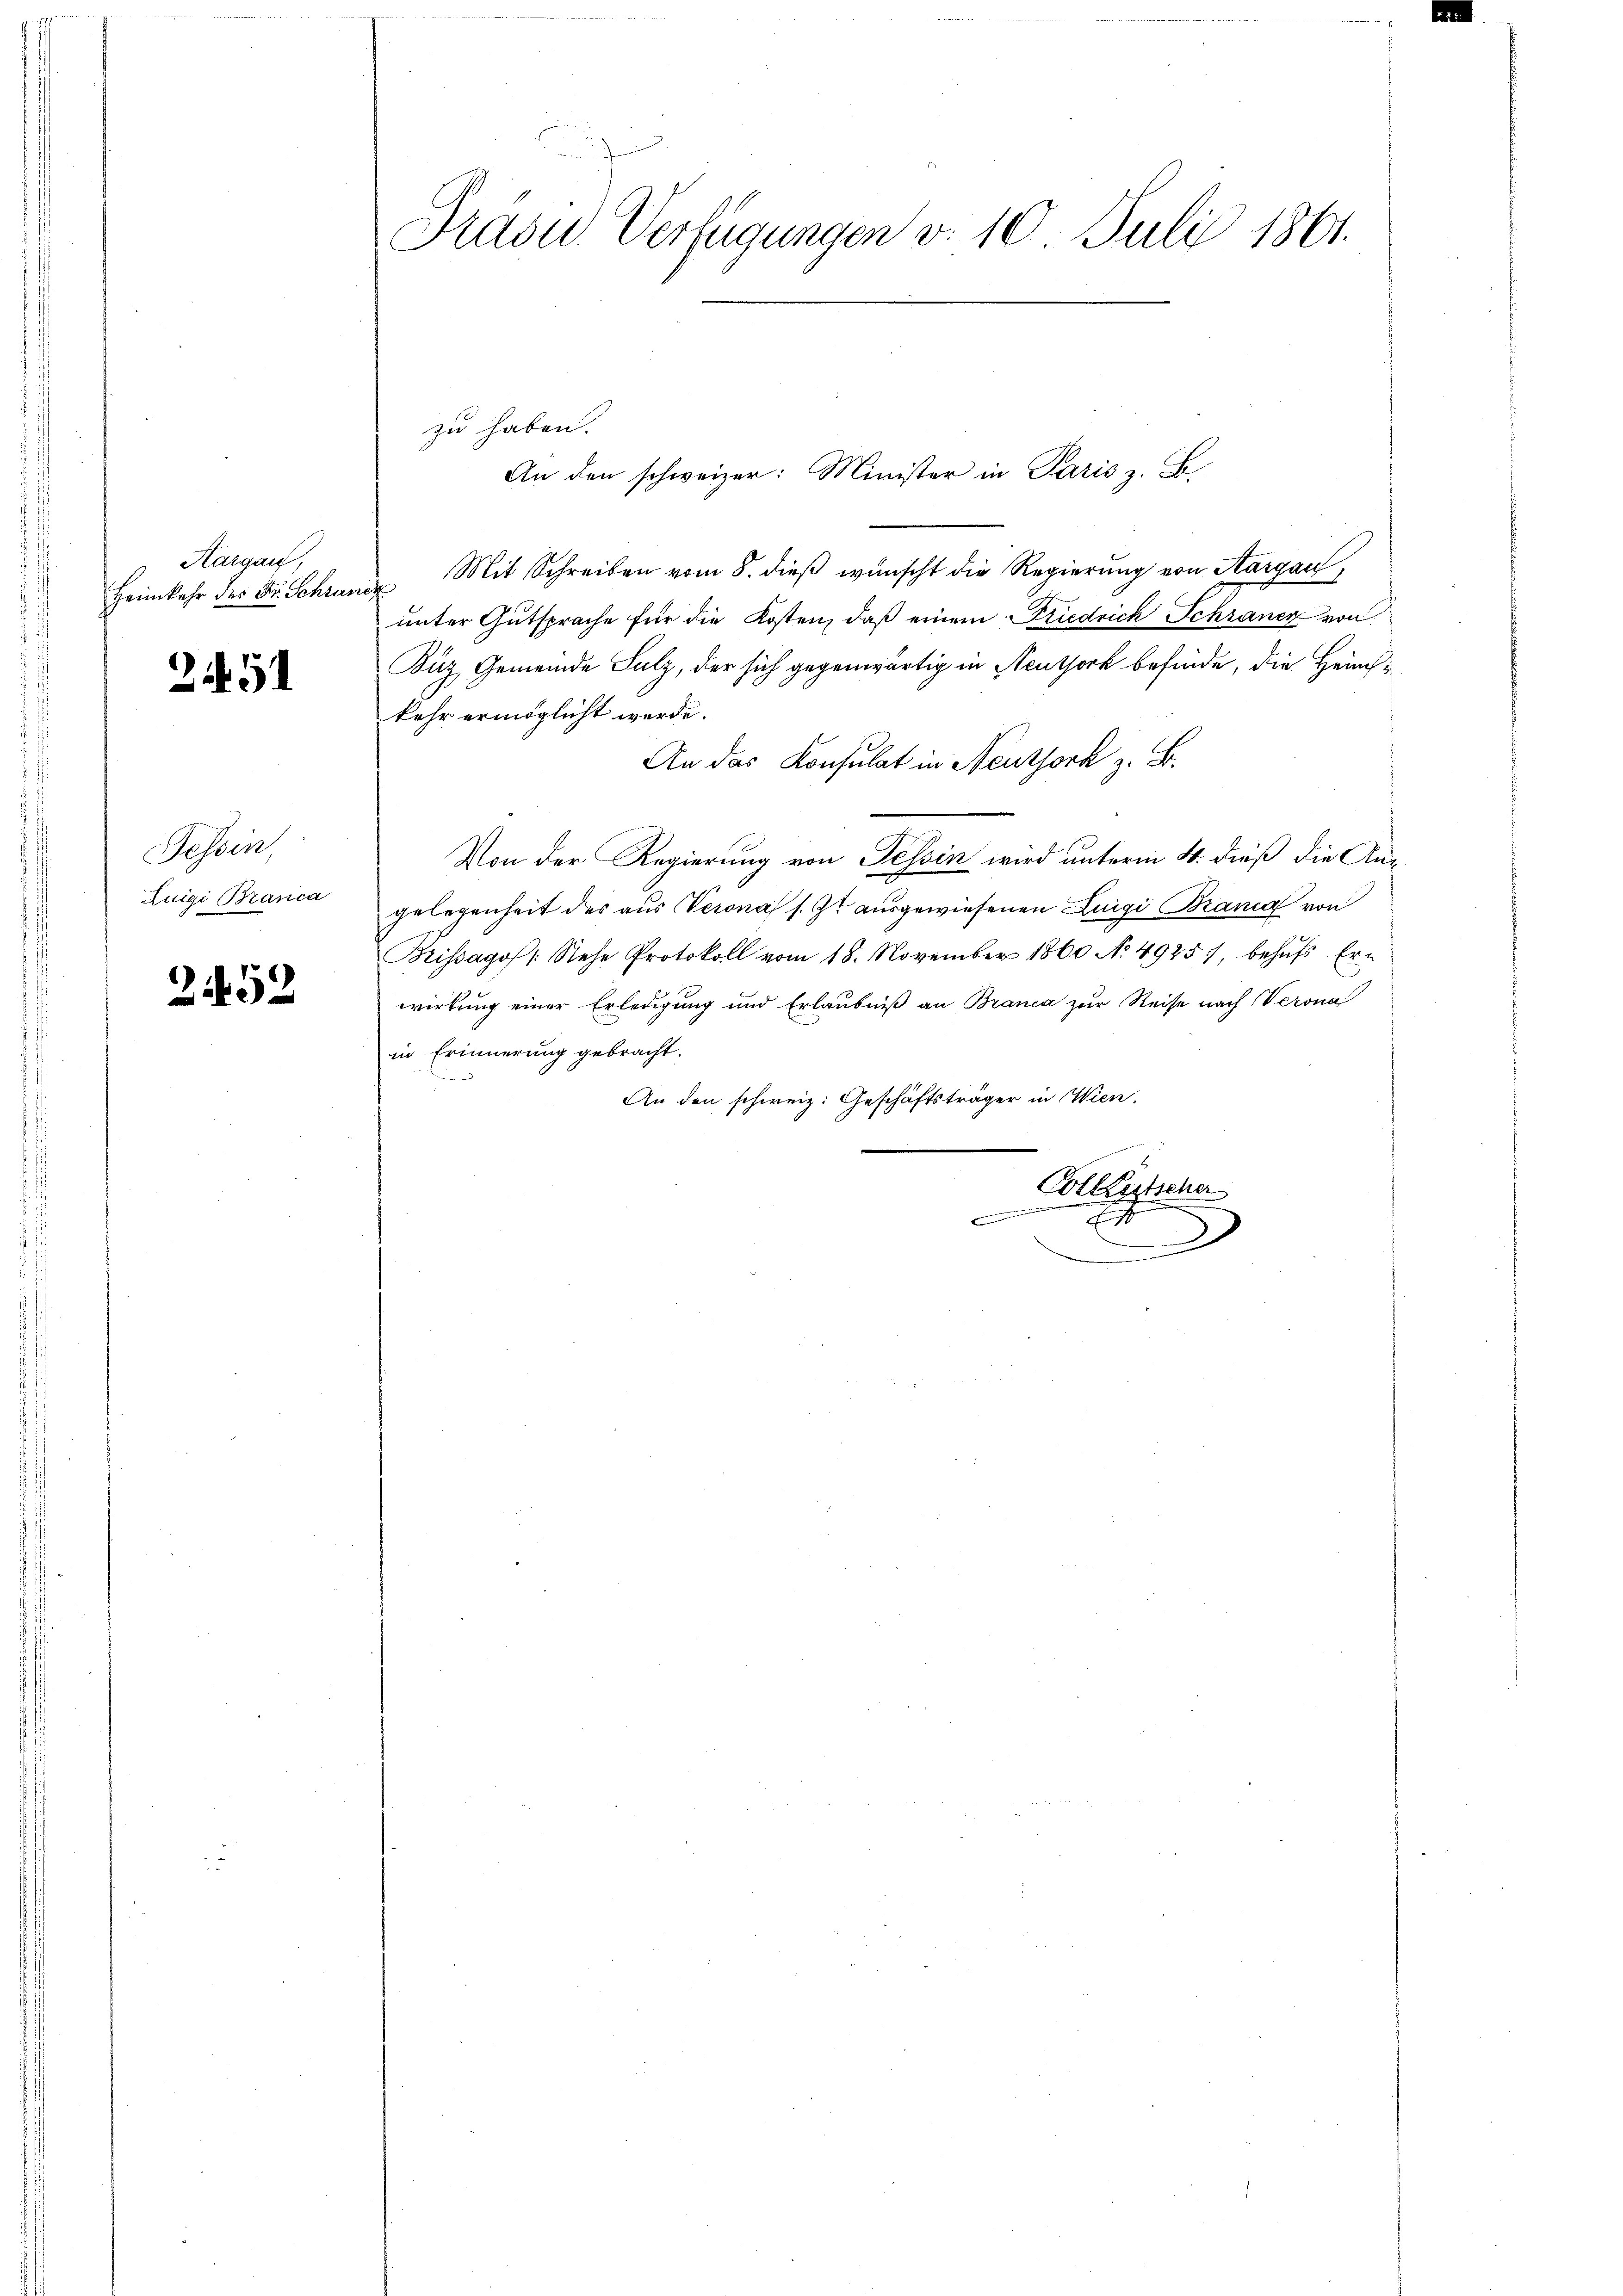
Aargau,
Heimkehr des Dr. Schran

251

Tessin,
Zuigi Branca

2452

Präsid. Verfügungen d. 10. Juli 1861.

zu haben.
Mit Schreiben vom 8. dieß wünscht die Regierung von Aargau,
i
unter Gutsprache für die Kosten, daß einem Friedrich Schraner von
Buz Gemeinde Salz, der sich gegenwärtig in Neuthork befinde, die Heimkehr ermöglicht werde.
An das Konsulat in Neuthork z. B.
Von der Regierung von Tessin wird unterm 4. dieß die Angelegenheit des aus Verona s. Z. ausgewiesenen Luigi Brana von
Brissagos: Sehe Protokoll vom 18. November 1860 No 4925. behŭfs Ern
wirkung einer Erledigung und Erlaŭbniβ an Branca zur Reise nach Verona
in Erinnerung gebracht.
An den schweiz. Geschäftsträger in Wien.
e
Colketscher
.
Es
x

An den schweizer: Minister in Paris z. B.